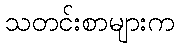
သတင်းစာများက